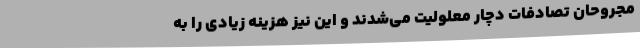
مجروحان تصادفات دچار معلولیت می‌شدند و این نیز هزینه زیادی را به